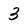
Character: 3